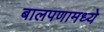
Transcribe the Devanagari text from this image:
बालपणामध्ये